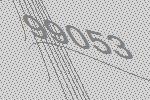
99053